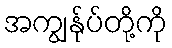
အကျွန်ုပ်တို့ကို